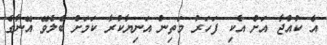
އެ ކުއްޖާ އަށް އެކި ފަހަރު މަތިން އަނިޔާކުރާ ކަމަށް ބެލެވޭ އޭނާގެ